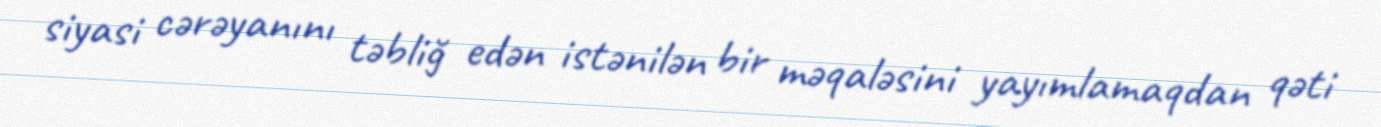
siyasi cərəyanını təbliğ edən istənilən bir məqaləsini yayımlamaqdan qəti